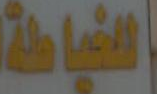
اللخياطة